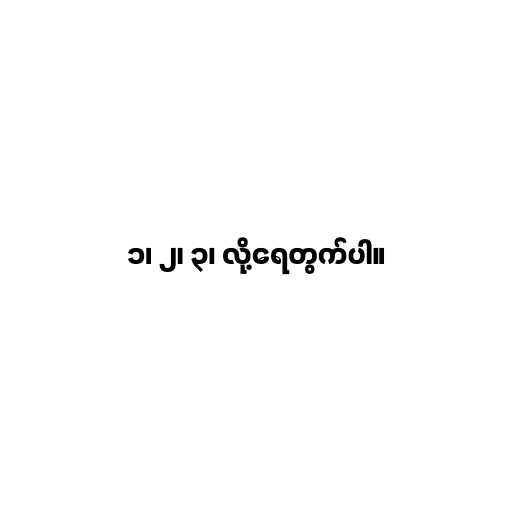
၁၊ ၂၊ ၃၊ လို့ရေတွက်ပါ။